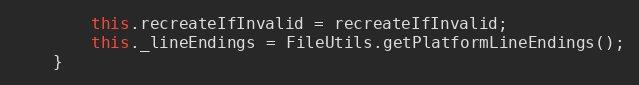
Language: JavaScript
        this.recreateIfInvalid = recreateIfInvalid;
        this._lineEndings = FileUtils.getPlatformLineEndings();
    }